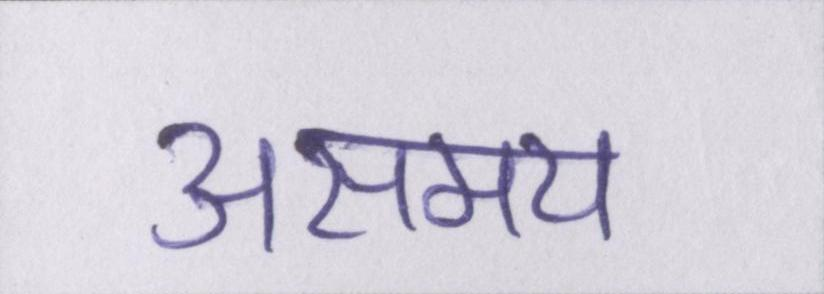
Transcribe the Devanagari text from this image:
असमय